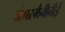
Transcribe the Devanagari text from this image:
जंगरमैनीनीई